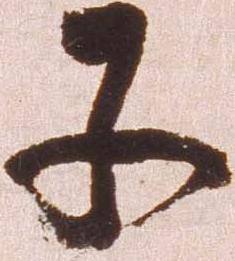
子